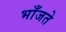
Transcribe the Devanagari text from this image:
भाँजते